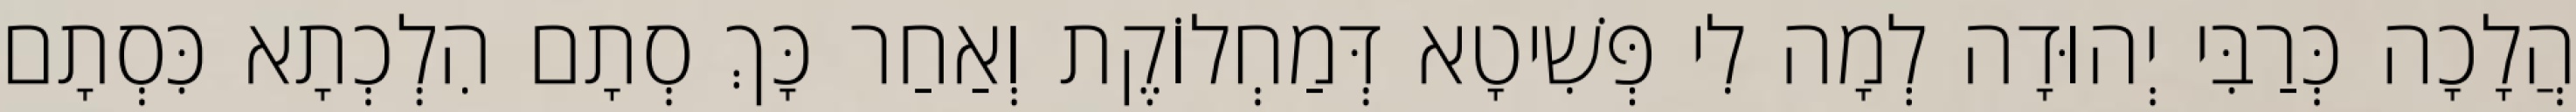
הֲלָכָה כְּרַבִּי יְהוּדָה לְמָה לִי פְּשִׁיטָא דְּמַחְלוֹקֶת וְאַחַר כָּךְ סְתָם הִלְכְתָא כִּסְתָם